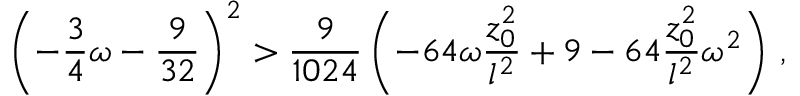
\left( - { \frac { 3 } { 4 } } \omega - { \frac { 9 } { 3 2 } } \right) ^ { 2 } > { \frac { 9 } { 1 0 2 4 } } \left( - 6 4 \omega { \frac { z _ { 0 } ^ { 2 } } { l ^ { 2 } } } + 9 - 6 4 { \frac { z _ { 0 } ^ { 2 } } { l ^ { 2 } } } \omega ^ { 2 } \right) \, ,